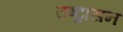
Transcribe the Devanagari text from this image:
उष्ट्रासन